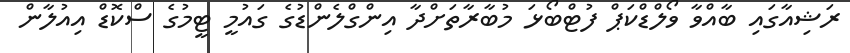
ރަޝިއާގައި ބާއްވާ ވޯލްޑްކަޕް ފުޓްބޯޅަ މުބާރާތަށްދާ އިންގްލެންޑުގެ ގައުމީ ޓީމުގެ ސްކޮޑް އިއުލާން